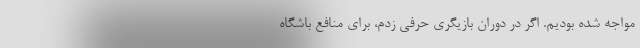
مواجه شده بودیم. اگر در دوران بازیگری حرفی زدم، برای منافع باشگاه